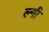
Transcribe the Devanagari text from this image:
ल्गी